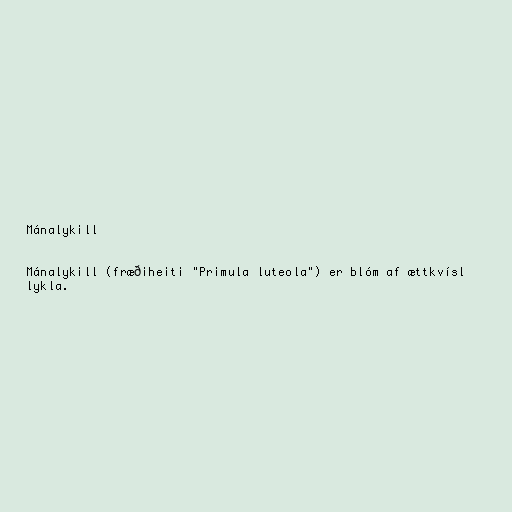
Mánalykill

Mánalykill (fræðiheiti "Primula luteola") er blóm af ættkvísl
lykla.